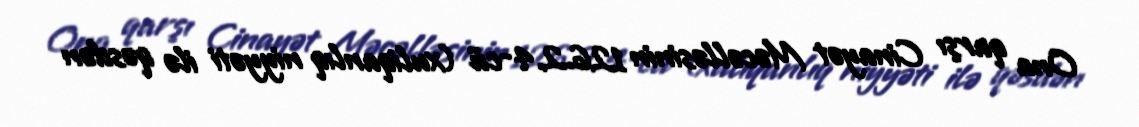
Ona qarşı Cinayət Məcəlləsinin 126.2.4-cü (xuliqanlıq niyyəti ilə qəsdən